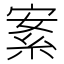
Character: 𦀀